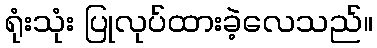
ရုံးသုံး ပြုလုပ်ထားခဲ့လေသည်။